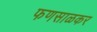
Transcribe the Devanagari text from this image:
फणसाळकर